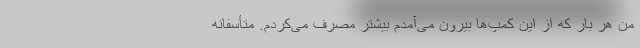
من هر بار که از این کمپ‌ها بیرون می‌آمدم بیشتر مصرف می‌کردم. متأسفانه